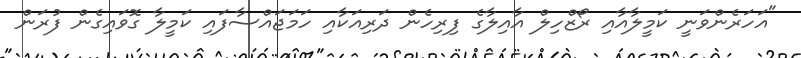
"އަހަރެންވަނީ ކަމީލާއާއި ރޯޒްހިލް އާއިލާގެ ފިރިހެން ދަރިއަކާއި ހަމަޖައްސާފައި ކަމީލާ ގޮވައިގެން ފުރަން